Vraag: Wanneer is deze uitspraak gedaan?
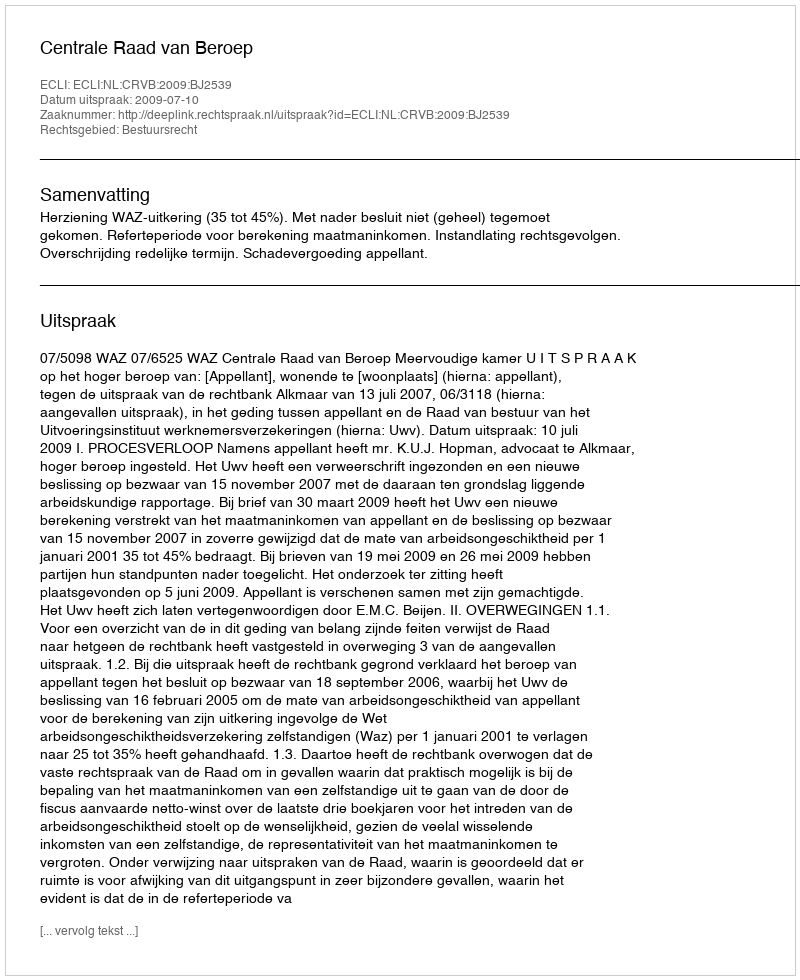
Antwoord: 2009-07-10